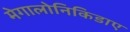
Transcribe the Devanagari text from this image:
मेगालोनिकिडाए